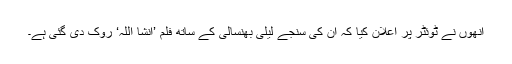
انھوں نے ٹوئٹر پر اعلان کیا کہ ان کی سنجے لیلی بھنسالی کے ساتھ فلم ’انشا اللہ‘ روک دی گئی ہے۔